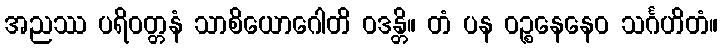
အညဿ ပရိဝတ္တနံ သာစိယောဂေါတိ ဝဒန္တိ။ တံ ပန ဝဉ္စနေနေဝ သင်္ဂဟိတံ။